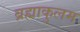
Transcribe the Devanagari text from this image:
ब्रह्माकुलम